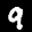
Label: 9